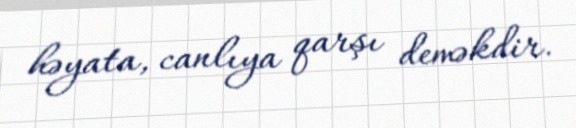
həyata, canlıya qarşı deməkdir.